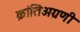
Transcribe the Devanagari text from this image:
क्रांतिअग्रणी